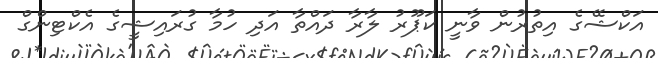
އަކްޝޭގެ އިތުރުން ވާނީ ކަޕޫރު ލާރާ ދައްތާ އަދި ހުމާ ގުރައިޝީގެ އެކްޓިންގް